65_HS1-834228961_62-HQ-83894_Section_4
Agency: FBI
Page 161
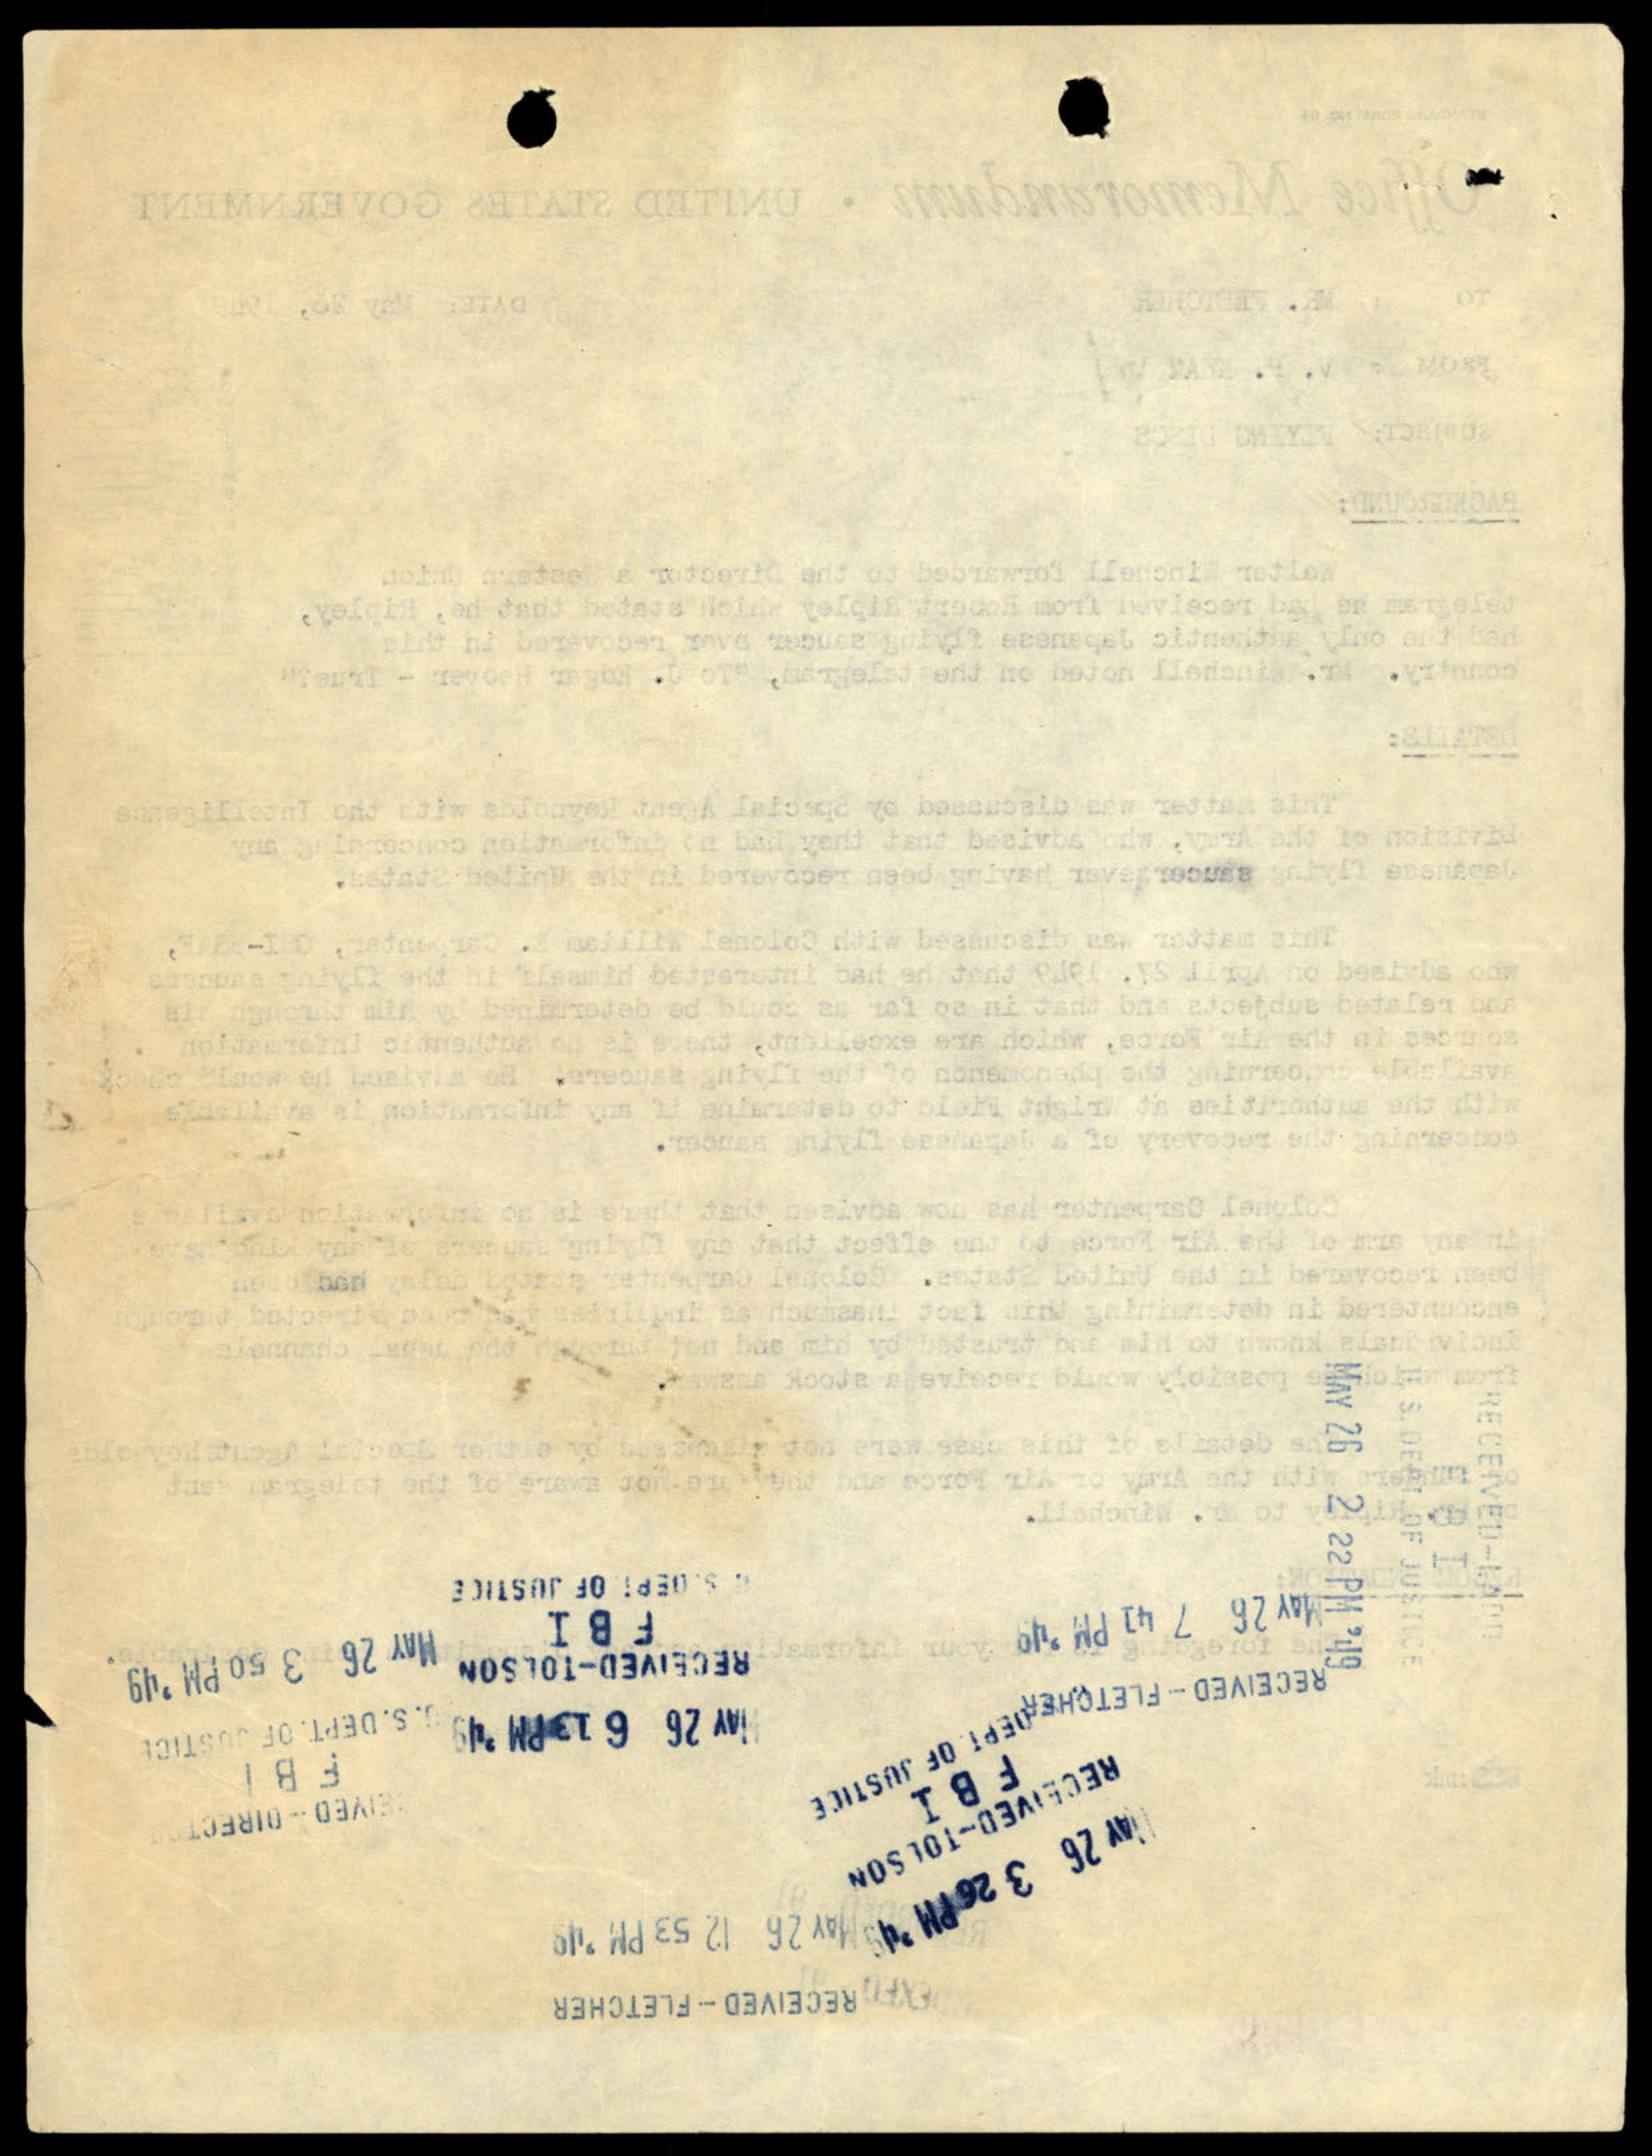